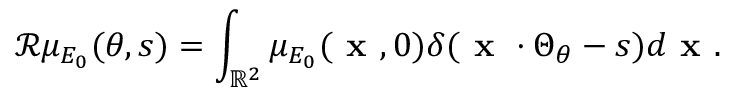
{ \mathcal R } \mu _ { E _ { 0 } } ( \theta , s ) = \int _ { \mathbb { R } ^ { 2 } } \mu _ { E _ { 0 } } ( \textbf { x } , 0 ) \delta ( \textbf { x } \cdot \Theta _ { \theta } - s ) d \textbf { x } .